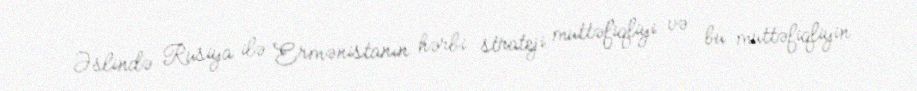
Əslində Rusiya ilə Ermənistanın hərbi strateji müttəfiqliyi və bu müttəfiqliyin